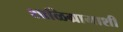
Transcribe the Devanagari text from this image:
शाळिग्रामाशी